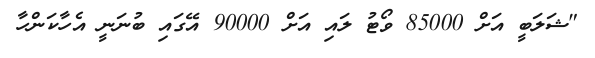
"ޝަލަބީ އަށް 85000 ވޯޓު ލައި އަށް 90000 އޭގައި ބުނަނީ އެހާކަންހާ